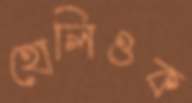
হোলিওক